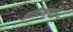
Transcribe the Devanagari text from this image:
शरीरभागांत